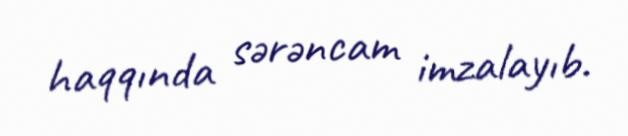
haqqında sərəncam imzalayıb.